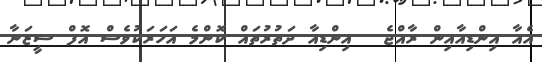
އެއާ އިންޑިއާއިން ރާއްޖެެ - އިންޑިއާ ދަތުރުތައް ކޮންމެ އަހަރަކުވެސް އޮފް ސީޒަނާ